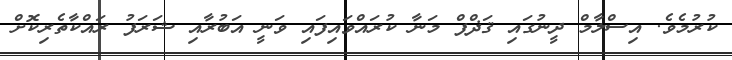
ކުރުމެވެ. އިސްލާމް ދީނުގައި ޤަޛްފް މަނާ ކުރައްވައިފައި ވަނީ އަބުރާއި ޝަރަފު ރައްކާތެރިކޮށް